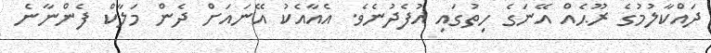
ދައްކާލުމުގެ ރޫޙެއް އޭނަގެ ހިތުގައި އުފެދުނެވެ. އެއާއެކު އޭނައަށް ދެން މަލާކް ފެންނާނެ